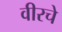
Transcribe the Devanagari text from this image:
वीरचे